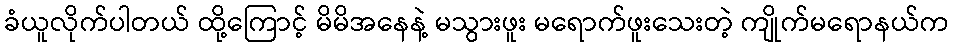
ခံယူလိုက်ပါတယ် ထို့ကြောင့် မိမိအနေနဲ့ မသွားဖူး မရောက်ဖူးသေးတဲ့ ကျိုက်မရောနယ်က